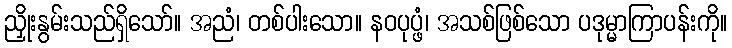
ညှိုးနွမ်းသည်ရှိသော်။ အညံ၊ တစ်ပါးသော။ နဝပုပ္ဖံ၊ အသစ်ဖြစ်သော ပဒုမ္မာကြာပန်းကို။